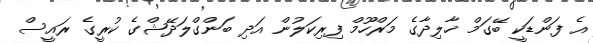
އެ ފަންޑަކީ ބޭގަމް ޚާލިދާގެ މަރްހޫމް ފިރިކަލުން އަދި ބަންގްލަދޭޝްގެ ކުރީގެ ރައީސް